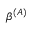
\beta ^ { ( A ) }